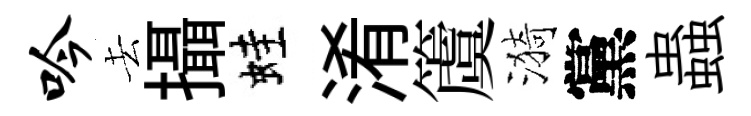
吟去攝蛙淆𥵂漪黨蟲